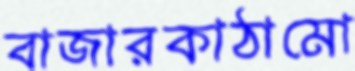
বাজারকাঠামো